Report on horse surra - Volume II, Part II
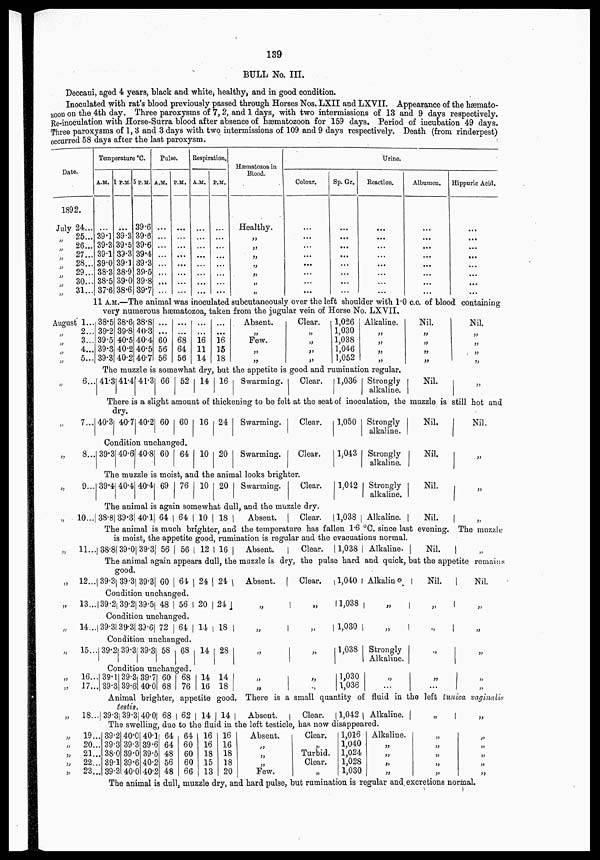
139
BULL No. III.
Deccani, aged 4 years, black and white, healthy, and in good condition.
Inoculated with rat's blood previously passed through Horses Nos. LXII and LXVII. Appearance of the hæmato¬
zoon on the 4th day. Three paroxysms of 7, 2, and 1 days, with two intermissions of 13 and 9 days respectively.
Re-inoculation with Horse-Surra blood after absence of hæmatozoon for 159 days. Period of incubation 49 days.
Three paroxysms of 1, 3 and 3 days with two intermissions of 109 and 9 days respectively. Death (from rinderpest)
occurred 58 days after the last paroxysm.
Date.
1892.
July
„
„
„ „
„
„
„
24...
25...
26...
27...
28...
29...
30...
31...
Temperature °C.
A.M.
...
39.1
39.3
39.1
39.0
38.3
38.5
37.6
P.M.
...
39.3
39.5
39.3
39.1
38.9
39.0
38.6
5 P.M.
39.6
39.6
39.6
39.4
39.3
39.5
39.8
39.7
Pulse.
A.M.
...
...
...
...
...
...
...
...
P.M.
...
...
...
...
...
...
...
...
Respiration.
A.M.
...
...
...
...
...
...
...
...
P.M.
...
...
...
...
...
...
...
...
Hæmatozoa in
Blood.
Healthy.
„
„
„
„
„
„
„
Urine.
Colour.
...
...
...
...
...
...
...
...
Sp. Gr.
...
...
...
...
...
...
...
...
Reaction.
...
...
..
...
...
...
...
...
Albumen.
...
...
...
...
...
...
...
...
Hippuric Acid.
...
...
...
...
...
...
...
...
11 A.M.—The animal was inoculated subcutaneously over the left shoulder with 1.0 c.c. of blood containing
very numerous hæmatozoa, taken from the jugular vein of Horse No. LXVII.
August 1...
„
„
„
„
2...
3...
4...
5...
38.5
39.2
39.5
39.3
39.3
38.6
39.8
40.5
40.2
40.2
38.8
40.3
40.4
40.5
40.7
...
...
60
56
56
...
...
68
64
56
...
...
16
11
14
...
...
16
15
18
Absent.
„
Few.
„
„
Clear.
„
„
„
„
1,026
1,030
1,038
1,046
1,052
Alkaline.
„
„
„
„
Nil.
„
„
„
„
Nil.
„
„
„
„
The muzzle is somewhat dry, but the appetite is good and rumination regular.
„
6... 41.3 41.4 41.3 66 52 14 16 Swarming.
Clear.
1,036 Strongly
alkaline.
Nil.
„
There is a slight amount of thickening to be felt at the seat of inoculation, the muzzle is still hot and
dry.
„
7... 40.3 40.7 40.2 60 60 16 24 Swarming.
Clear.
1,050 Strongly
alkaline.
Nil.
Nil.
Condition unchanged.
„
8... 39.3 40.6 40.8 60 64 10 20
Swarming.
Clear.
1,043 Strongly
alkaline.
Nil.
„
The muzzle is moist, and the animal looks brighter.
„
9... 39.4 40.4 40.4 69 76 10 20 Swarming.
Clear.
1,042 Strongly
alkaline.
Nil.
„
The animal is again somewhat dull, and the muzzle dry.
„
10... 38.8 39.3 40.1 64 64 10 18
Absent.
Clear.
1,038 Alkaline.
Nil.
„
The animal is much brighter, and the temperature has fallen 1.6 °C. since last evening. The muzzle
is moist, the appetite good, rumination is regular and the evacuations normal.
„
11... 38.8 39.0 39.3 56 56 12 16
Absent.
Clear.
1,038 Alkaline.
Nil.
„
The animal again appears dull, the muzzle is dry, the pulse hard and quick, but the appetite remains
good.
„
12... 39.3 39.3 39.3 60 64 24 24
Absent.
Clear.
1,040 Alkaline
Nil.
Nil.
Condition unchanged.
„
13... 39.2 39.2 39.5 48 56 20 24
„
1,038 „
„
„
Condition unchanged.
„
14.. 39.3 39.3 39.6 72 64 14 18
.
1,030 „
„
„
Condition unchanged.
„
15.. 39.2 39.3 39.3 58 68 14 28
„
„
1,038 Strongly
Alkaline.
„
„
Condition unchanged.
„
„
16..
17..
39.1
39.3
39.3
39.6
39.7
40.0
60
68
68
76
14
16
14
18
„ „
„ „
1,030
1,036
„
...
„
...
„
„
Animal brighter, appetite good. There is a small quantity of fluid in the left tunica vaginalis
testis.
„
18.. 39.3 39.3 40.0 68
62 14 14
Absent.
Clear.
1,042 Alkaline.
„
„
The swelling, due to the fluid in the left testicle, has now disappeared.
„
„
„
„
„
19...
20...
21...
22...
23...
39.2
39.3
38.0
39.1
39.3
40.0
39.3
39.0
39.6
40.0
40.1
39.6
39.5
40.2
40.2
64
64
48
56
48
64
60
60
60
66
16
16
18
15
13
16
16
18
18
20
Absent.
„
„
„
Few.
Clear.
„
Turbid.
Clear.
„
1,016
1,040
1,024
1,028
1,030
Alkaline.
„
„
„
„
„
„
„
„
„
„
„
„
„
„
The animal is dull, muzzle dry, and hard pulse, but rumination is regular and excretions normal.